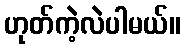
ဟုတ်ကဲ့လဲပါမယ်။